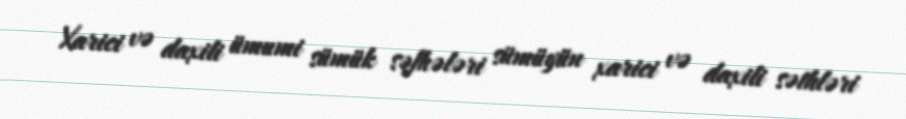
Xarici və daxili ümumi sümük səfhələri sümüyün xarici və daxili səthləri